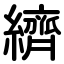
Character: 纃